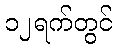
၁၂ရက်တွင်